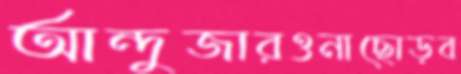
আন্দুজারওনাছোড়ব